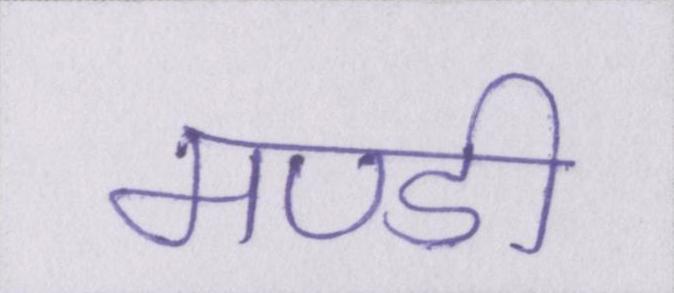
मण्डी